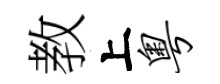
教上粤